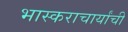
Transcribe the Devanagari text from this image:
भास्कराचार्यांची